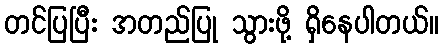
တင်ပြပြီး အတည်ပြု သွားဖို့ ရှိနေပါတယ်။